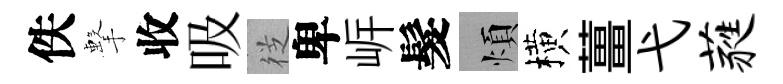
佚擊收吸徔卑㟁髮煩横薑弋蕤